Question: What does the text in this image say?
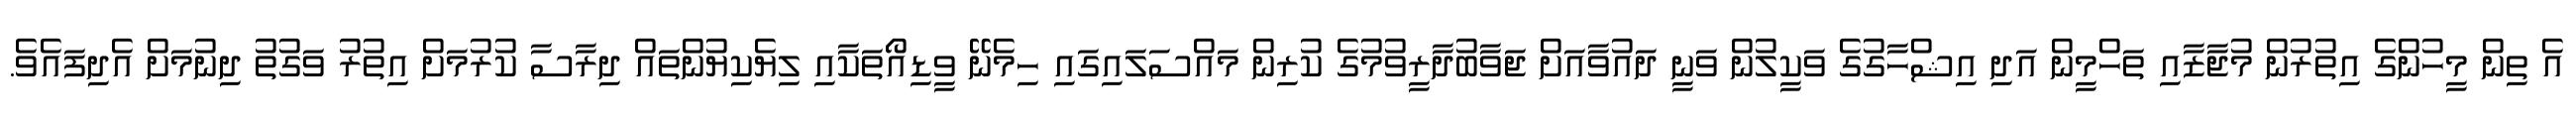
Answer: އެ ތިން މީހުންގެ އިތުރުން މުޖާޒާއި ތަހްމީން އަދި އިޝްހާގުގެ ވަކީލުން ވަނީ ދައުވާއަށް ޖަވާބުދާރީވުމުގެ ކުރިން މައްސަލައިގައި ހިމެނޭ ވީޑިއޯތަކާއި ލިޔެކިޔުންތައް ދިރާސާ ކުރުމަށް އިތުރު ވަގުތު ދިނުމަށް އެދިފައެވެ.